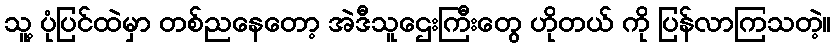
သူ့ ပုံပြင်ထဲမှာ တစ်ညနေတော့ အဲဒီသူဌေးကြီးတွေ ဟိုတယ် ကို ပြန်လာကြသတဲ့။